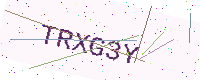
Text: TRXG3Y